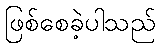
ဖြစ်စေခဲ့ပါသည်